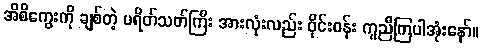
အိစိကွေးကို ချစ်တဲ့ ပရိတ်သတ်ကြီး အားလုံးလည်း ဝိုင်းဝန်း ကူညီကြပါအုံးနော်။